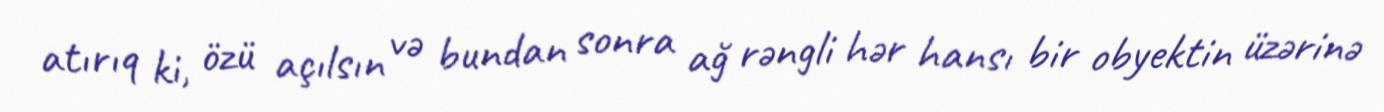
atırıq ki, özü açılsın və bundan sonra ağ rəngli hər hansı bir obyektin üzərinə